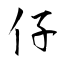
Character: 仔